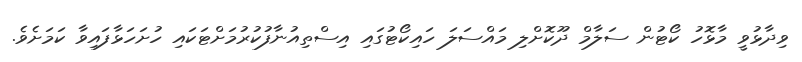
ވިދާޅުވީ މާޅޮހު ކޯޓުން ސަލާމް ދޫކޮށްލި މައްސަލަ ހައިކޯޓުގައި އިސްތިއުނާފުކުރުމަށްޓަކައި ހުށަހަޅާފައިވާ ކަމަށެވެ.